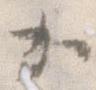
か